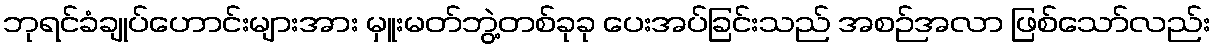
ဘုရင်ခံချုပ်ဟောင်းများအား မှူးမတ်ဘွဲ့တစ်ခုခု ပေးအပ်ခြင်းသည် အစဉ်အလာ ဖြစ်သော်လည်း